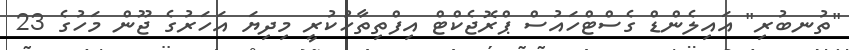
"ތުނބުރި" އައިލެންޑް ގެސްޓްހައުސް ޕްރޮޖެކްޓް އިފްތިތާހުކުރީ މިދިޔަ އަހަރުގެ ޖޫން މަހުގެ 23